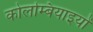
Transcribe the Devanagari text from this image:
कोलम्बियाइयों